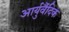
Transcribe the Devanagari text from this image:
आर्युर्वैदिक